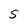
Character: S